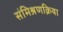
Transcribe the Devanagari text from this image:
संमिश्रणक्रिया